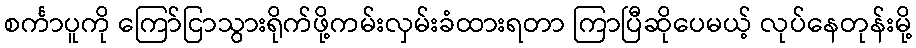
စင်္ကာပူကို ကြော်ငြာသွားရိုက်ဖို့ကမ်းလှမ်းခံထားရတာ ကြာပြီဆိုပေမယ့် လုပ်နေတုန်းမို့